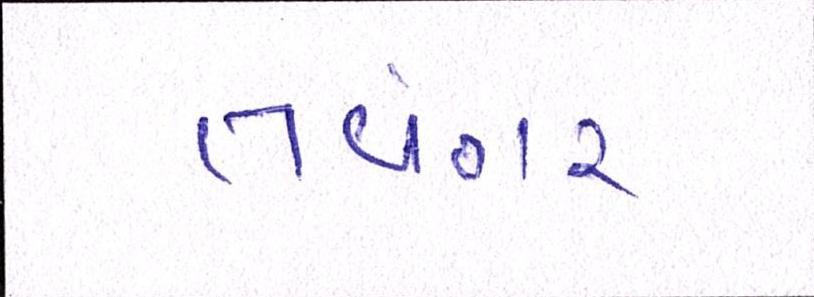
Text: તવંગર